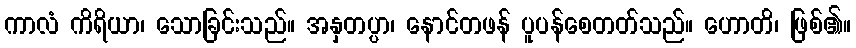
ကာလံ ကိရိယာ၊ သောခြင်းသည်။ အနှတပ္ပာ၊ နောင်တဖန် ပူပန်စေတတ်သည်။ ဟောတိ၊ ဖြစ်၏။